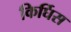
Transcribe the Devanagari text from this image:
किर्घिस